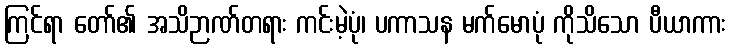
ကြင်ရာ တော်၏ အသိဉာဏ်တရား ကင်းမဲ့ပုံ၊ ပကာသန မက်မောပုံ ကိုသိသော ပီယာကား